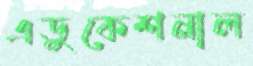
এডুকেশনাল